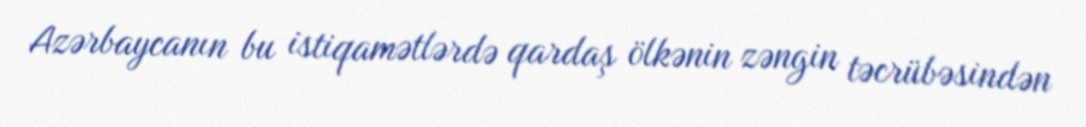
Azərbaycanın bu istiqamətlərdə qardaş ölkənin zəngin təcrübəsindən